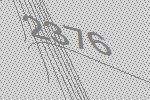
2376